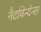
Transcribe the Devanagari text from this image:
नैटविन्देन्स